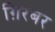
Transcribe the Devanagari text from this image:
ग़िरबर